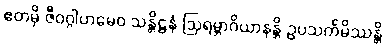
ဧတမှိ ဇီဝဂ္ဂါဟမေဝ သန္တိဋ္ဌနံ ဩရမ္ဘာဂိယာနန္တိ ဥပသင်္ကမိဿန္တိ